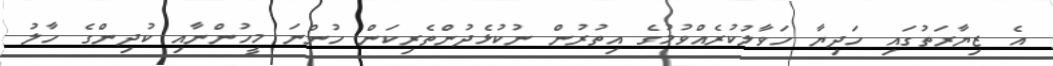
އެ ޒިޔާރަތުގައި ހަދިޔާ ހަވާލުކުރެއްވުމުގެ އިތުރުން ނުކުޅެދުންތެރިކަން ހުންނަ މީހުންނާއި ކުދިންގެ ހާލު